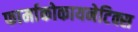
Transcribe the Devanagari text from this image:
फार्माकोकायनेटिक्स